Vaccination Hyderabad 1872-1889 - 1872-1889
Year: 1872
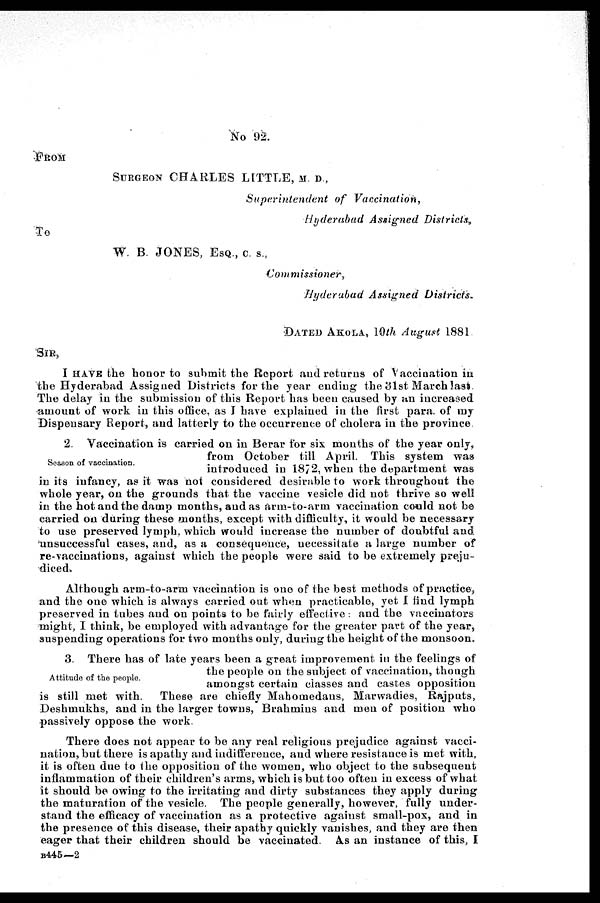
No 92.
FROM
SURGEON CHARLES LITTLE, M. D.,
Superintendent of Vaccination,
Hyderabad Assigned Districts,
To
W. B. JONES, ESQ., C. S.,
Commissioner,
Hyderabad Assigned Districts.
DATED AKOLA, 10th August 1881
SIR,
I HAVE the honor to submit the Report and returns of Vaccination in
the Hyderabad Assigned Districts for the year ending the 31st March last
The delay in the submission of this Report has been caused by an increased
amount of work in this office, as I have explained in the first para. of my
Dispensary Report, and latterly to the occurrence of cholera in the province
Season of vaccination.
2. Vaccination is carried on in Berar for six months of the year only,
from October till April. This system was
introduced in 1872, when the department was
in its infancy, as it was not considered desirable to work throughout the
whole year, on the grounds that the vaccine vesicle did not thrive so well
in the hot and the damp months, and as arm-to-arm vaccination could not be
carried on during these months, except with difficulty, it would be necessary
to use preserved lymph, which would increase the number of doubtful and
unsuccessful cases, and, as a consequence, necessitate a large number of
re-vaccinations, against which the people were said to be extremely preju-
diced.
Although arm-to-arm vaccination is one of the best methods of practice,
and the one which is always carried out when practicable, yet I find lymph
preserved in tubes and on points to be fairly effective: and the vaccinators
might, I think, be employed with advantage for the greater part of the year,
suspending operations for two months only, during the height of the monsoon.
Attitude of the people.
3. There has of late years been a great improvement in the feelings of
the people on the subject of vaccination, though
amongst certain classes and castes opposition
is still met with. These are chiefly Mahomedans, Marwadies, Rajputs,
Deshmukhs, and in the larger towns, Brahmins and men of position who
passively oppose the work.
There does not appear to be any real religious prejudice against vacci-
nation, but there is apathy and indifference, and where resistance is met with,
it is often due to the opposition of the women, who object to the subsequent
inflammation of their children's arms, which is but too often in excess of what
it should be owing to the irritating and dirty substances they apply during
the maturation of the vesicle. The people generally, however, fully under-
stand the efficacy of vaccination as a protective against small-pox, and in
the presence of this disease, their apathy quickly vanishes, and they are then
eager that their children should be vaccinated. As an instance of this, I
B445—2